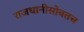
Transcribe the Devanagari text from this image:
राजधानीसोबतच